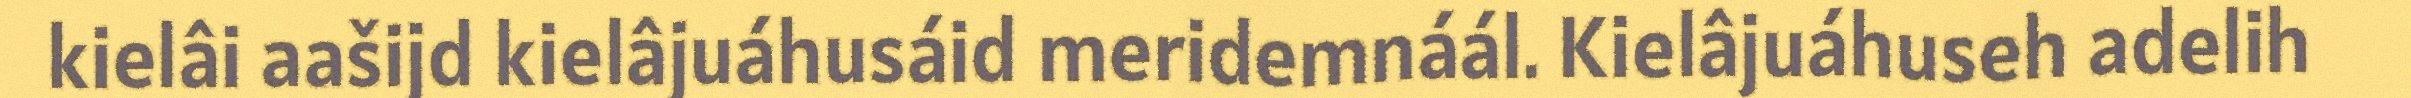
kielâi aašijd kielâjuáhusáid meridemnáál. Kielâjuáhuseh adelih